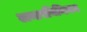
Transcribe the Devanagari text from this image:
अन्तरविनिमय